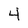
Character: 4